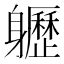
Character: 𨊛